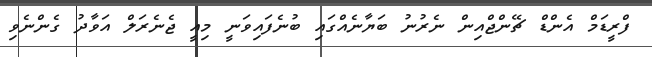
ފްރީޑަމް އެންޑް ޗޭންޖްއިން ނެރުނު ބަޔާނެއްގައި ބުނެފައިވަނީ މިއީ ޖެނެރަލް އަވާދު ގެންނެވި